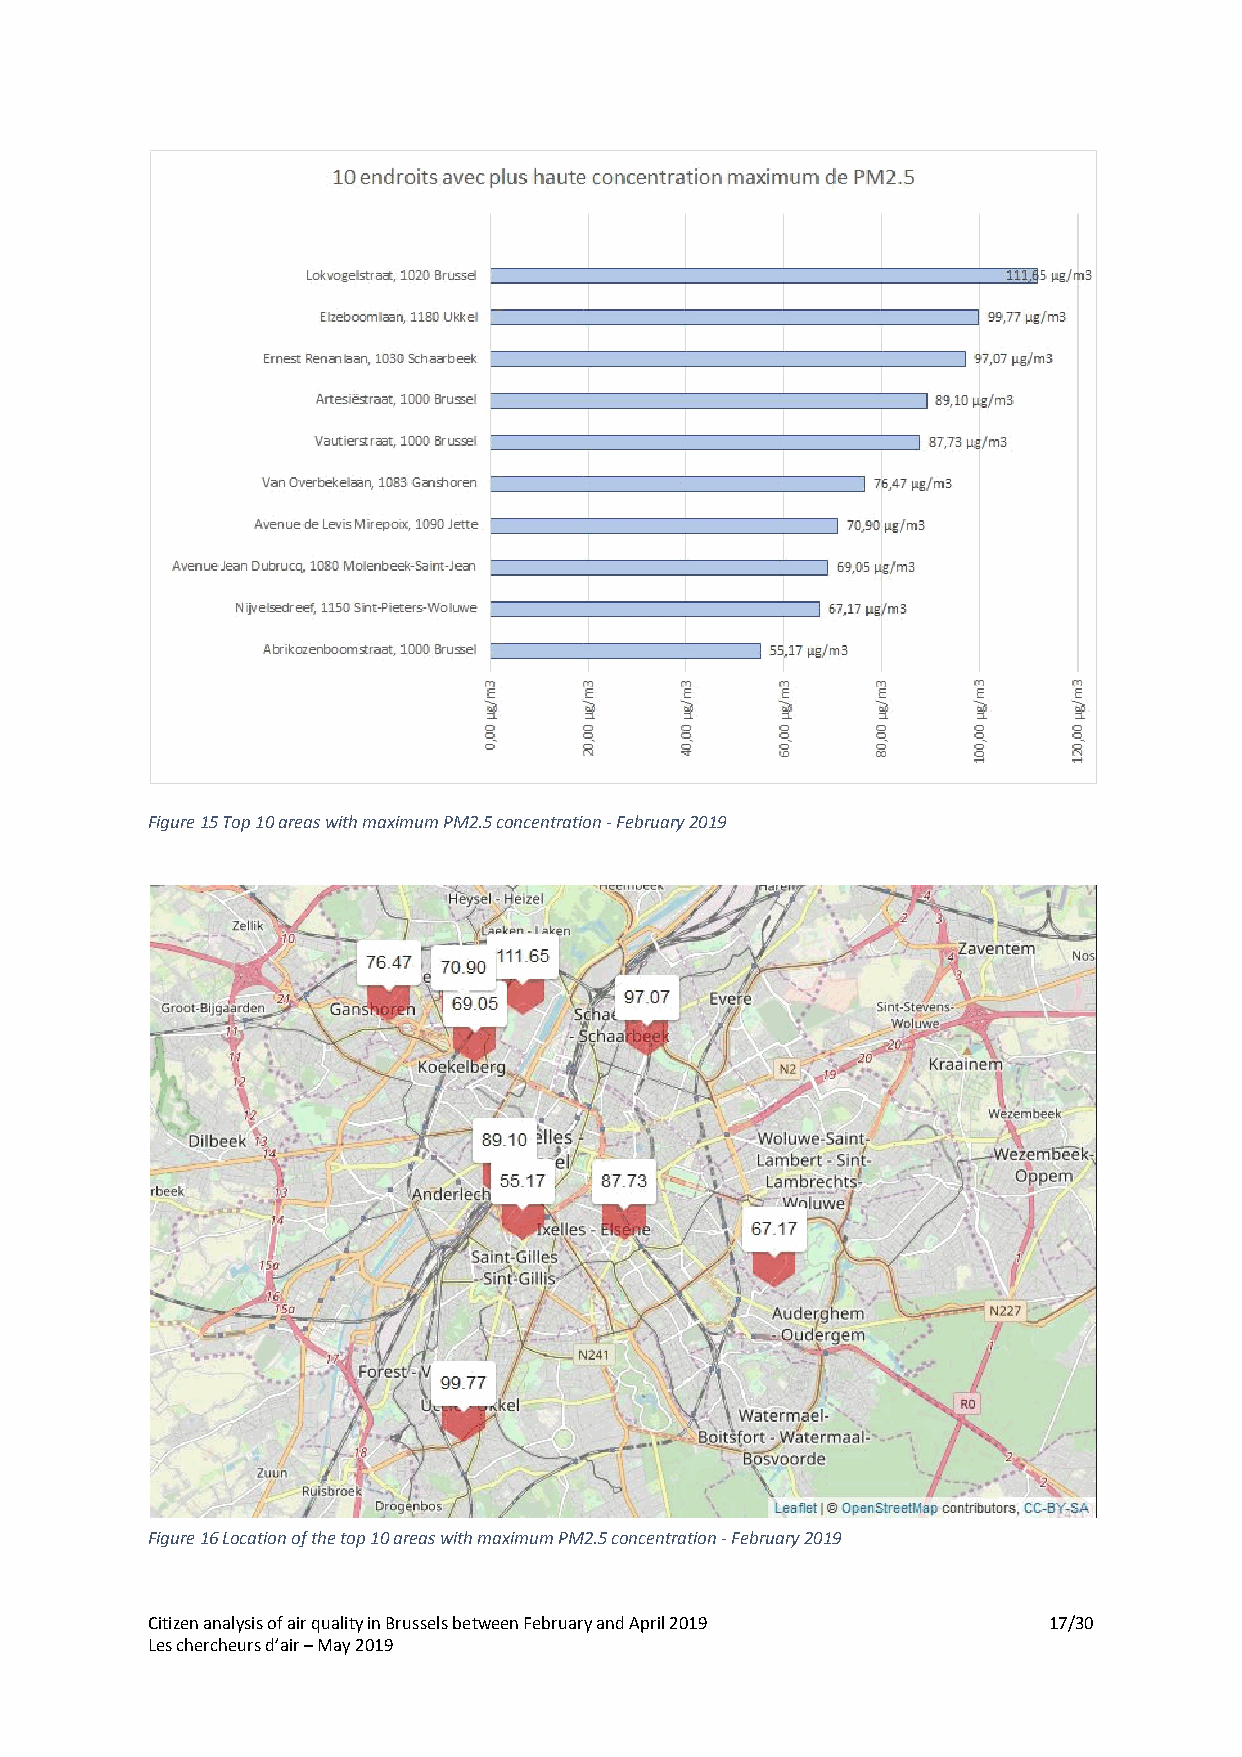
Figure 15 Top 10 areas with maximum PM2.5 concentration - February 2019
 Figure 16 Location of the top 10 areas with maximum PM2.5 concentration - February 2019
 Citizen analysis of air quality in Brussels between February and April 2019 17/30
 Les chercheurs d’air – May 2019